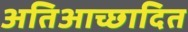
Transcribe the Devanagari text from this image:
अतिआच्छादित